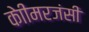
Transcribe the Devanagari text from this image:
केाीमरजंसी